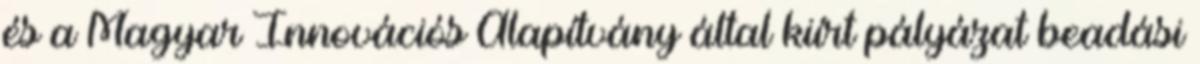
és a Magyar Innovációs Alapítvány által kiírt pályázat beadási